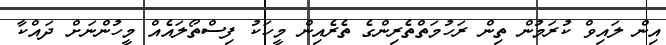
އިން ލައިވް ކުރަމުން ތިން ރަހުމަތްތެރިންގެ ތެރެއިން މީހަކު ފިސްތޯލައެއް މީހުންނަށް ދައްކާ